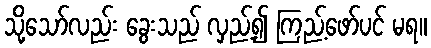
သို့သော်လည်း ခွေးသည် လှည့်၍ ကြည့်ဖော်ပင် မရ။